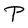
Character: P